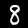
Label: 8